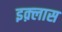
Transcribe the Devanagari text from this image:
इक़्लास